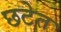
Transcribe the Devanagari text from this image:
छटेत